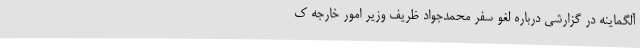
آلگماینه در گزارشی درباره لغو سفر محمدجواد ظریف وزیر امور خارجه ک